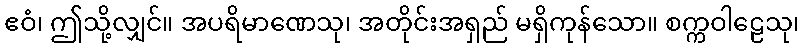
ဧဝံ၊ ဤသို့လျှင်။ အပရိမာဏေသု၊ အတိုင်းအရှည် မရှိကုန်သော။ စက္ကဝါဠေသု၊